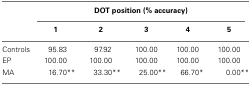
|  | <COLSPAN=5> DOT position (% accuracy) |
 |  | 1 | 2 | 3 | 4 | 5 |
 | --- | --- | --- | --- | --- | --- |
 | Controls | 95.83 | 97.92 | 100.00 | 100.00 | 100.00 |
 | EP | 100.00 | 100.00 | 100.00 | 100.00 | 100.00 |
 | MA | 16.70** | 33.30** | 25.00** | 66.70* | 0.00** |